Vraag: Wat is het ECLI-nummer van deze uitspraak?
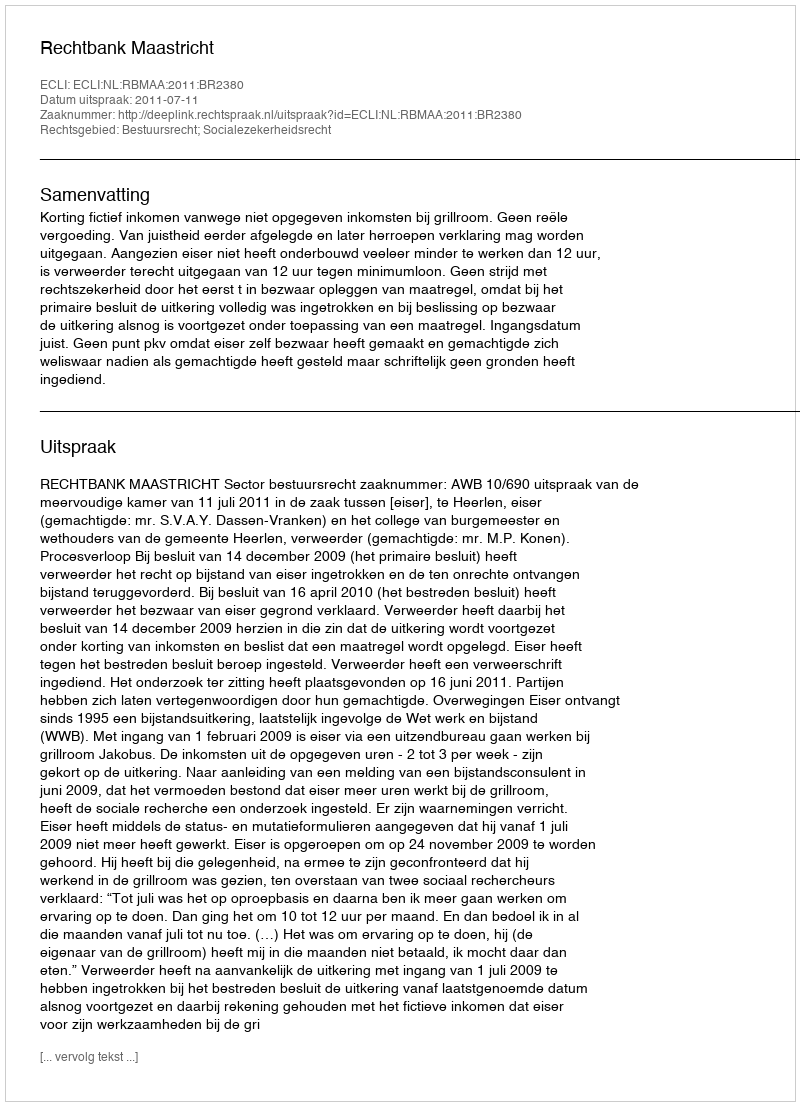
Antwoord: ECLI:NL:RBMAA:2011:BR2380